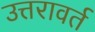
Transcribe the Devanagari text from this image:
उत्तरावर्त